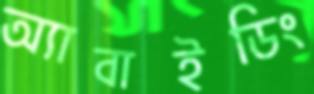
অ্যাবাইডিং